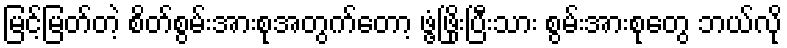
မြင့်မြတ်တဲ့ စိတ်စွမ်းအားစုအတွက်တော့ ဖွံ့ဖြိုးပြီးသား စွမ်းအားစုတွေ ဘယ်လို